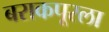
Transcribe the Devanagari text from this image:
बराकपूरला